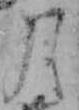
月